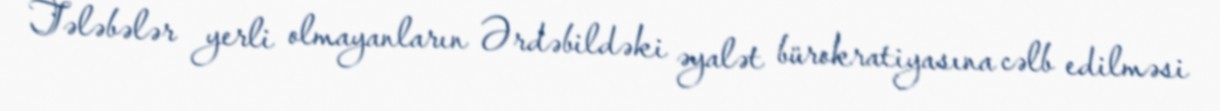
Tələbələr yerli olmayanların Ərdəbildəki əyalət bürokratiyasına cəlb edilməsi